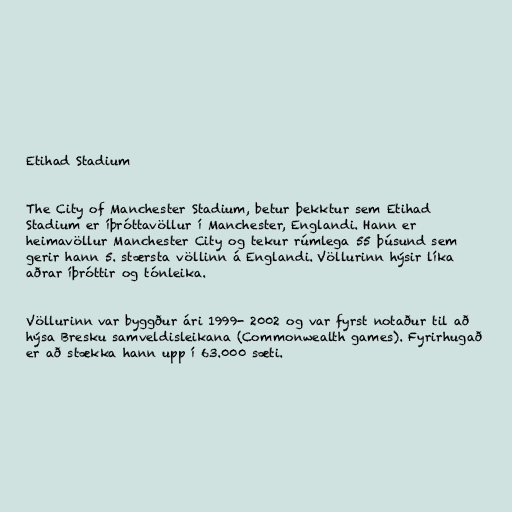
Etihad Stadium

The City of Manchester Stadium, betur þekktur sem Etihad
Stadium er íþróttavöllur í Manchester, Englandi. Hann er
heimavöllur Manchester City og tekur rúmlega 55 þúsund sem
gerir hann 5. stærsta völlinn á Englandi. Völlurinn hýsir líka
aðrar íþróttir og tónleika.

Völlurinn var byggður ári 1999- 2002 og var fyrst notaður til að
hýsa Bresku samveldisleikana (Commonwealth games). Fyrirhugað
er að stækka hann upp í 63.000 sæti.